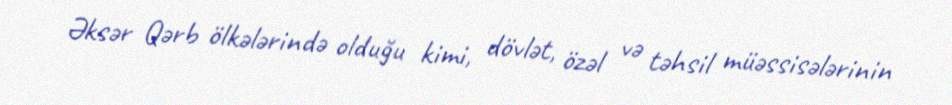
Əksər Qərb ölkələrində olduğu kimi, dövlət, özəl və təhsil müəssisələrinin